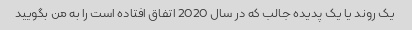
یک روند یا یک پدیده جالب که در سال 2020 اتفاق افتاده است را به من بگویید